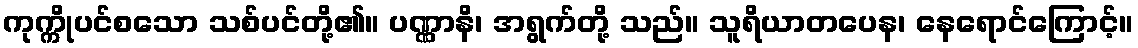
ကုက္ကိုပင်စသော သစ်ပင်တို့၏။ ပဏ္ဏာနိ၊ အရွက်တို့ သည်။ သူရိယာတပေန၊ နေရောင်ကြောင့်။